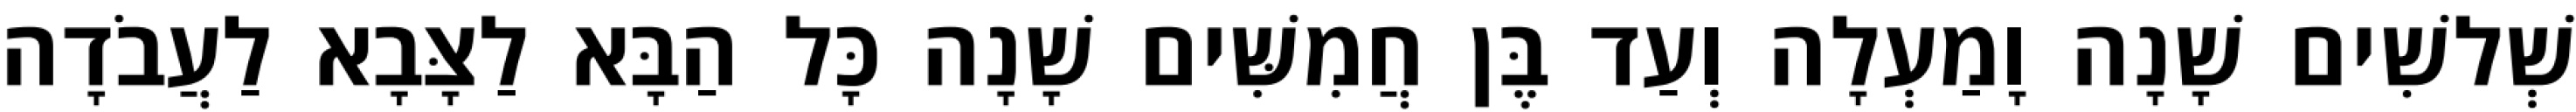
שְׁלשִׁים שָׁנָה וָמַעְלָה וְעַד בֶּן חֲמִשִּׁים שָׁנָה כָּל הַבָּא לַצָּבָא לַעֲבֹדָה